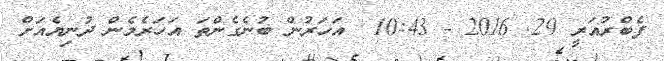
ފެބްރުއަރީ 29